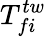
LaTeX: T_{fi}^{tw}